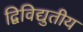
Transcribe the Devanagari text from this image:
द्विविद्युतीय